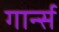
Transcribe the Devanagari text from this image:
गार्न्स